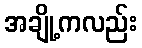
အချို့ကလည်း